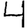
Digit: 4